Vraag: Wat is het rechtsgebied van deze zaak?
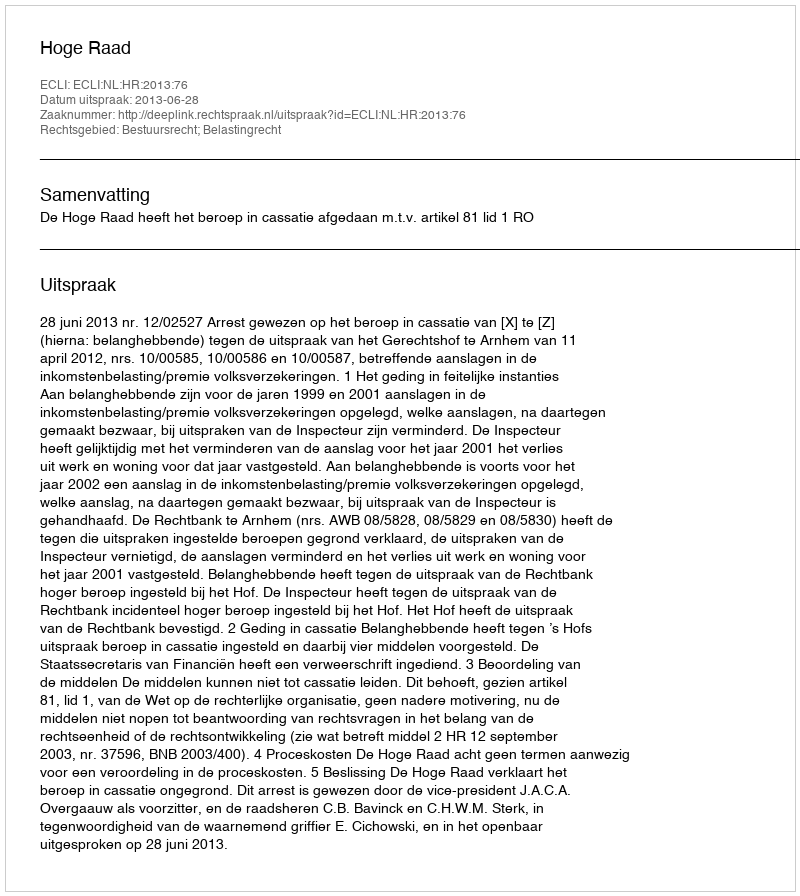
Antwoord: Bestuursrecht; Belastingrecht